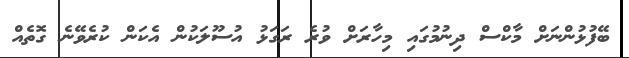
ބޭފުޅުންނަށް މާކްސް ދިނުމުގައި މިހާރަށް ވުރެ ރަގަޅު އުސޫލަކުން އެކަން ކުރެވޭނެ ގޮތެއް